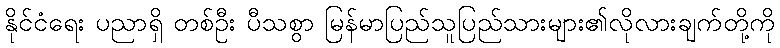
နိုင်ငံရေး ပညာရှိ တစ်ဦး ပီသစွာ မြန်မာပြည်သူပြည်သားများ၏လိုလားချက်တို့ကို